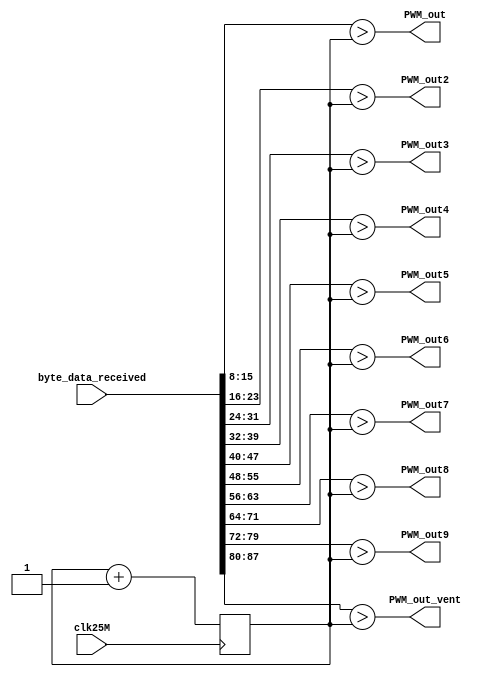
module PWM(
    input clk25M,
    input [87:0]byte_data_received,
    output PWM_out,
	 output PWM_out2, //  
	 output PWM_out3, //  
    output PWM_out4, //  
	 output PWM_out5, //  
	 output PWM_out6, //  
	 output PWM_out7, //  
	 output PWM_out8, //  
	 output PWM_out9, //  
	 output PWM_out_vent //    
	 );

//reg [7:0] PWM_Chanel;
reg [7:0] cnt;
always @(posedge clk25M) begin 
cnt <= cnt + 1'b1;  // free-running counter

//PWM_Chanel=byte_data_received[15:8]; //    
//PWM_Chanel=byte_data_received[7:0];
end
assign PWM_out = ((byte_data_received[15:8])>cnt);  // comparator
assign PWM_out2 = ((byte_data_received[23:16])>cnt); //  
assign PWM_out3 = ((byte_data_received[31:24])>cnt); //  
assign PWM_out4 = ((byte_data_received[39:32])>cnt); //  
assign PWM_out5 = ((byte_data_received[47:40])>cnt); //  
assign PWM_out6 = ((byte_data_received[55:48])>cnt); //  
assign PWM_out7 = ((byte_data_received[63:56])>cnt); //  
assign PWM_out8 = ((byte_data_received[71:64])>cnt); //  
assign PWM_out9 = ((byte_data_received[79:72])>cnt); //  
assign PWM_out_vent = ((byte_data_received[87:80])>cnt); //    
endmodule